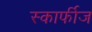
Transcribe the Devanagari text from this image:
स्कार्फीज